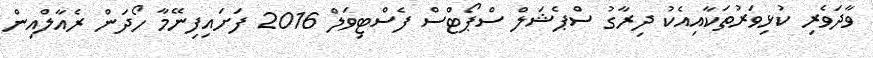
ވާދަވެރި ކުޅިވަރުތަކާއިއެކު ދިރާގު ސްޕެޝަލް ސްޕޯޓްސް ފެސްޓިވަލް 2016 ފަށައިފިނޭމާ ހޯދަން ރެއާލްއިން